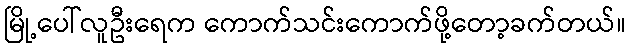
မြို့ပေါ်လူဦးရေက ကောက်သင်းကောက်ဖို့တော့ခက်တယ်။